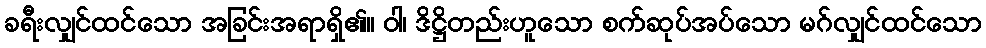
ခရီးလျှင်ထင်သော အခြင်းအရာရှိ၏။ ဝါ၊ ဒိဋ္ဌိတည်းဟူသော စက်ဆုပ်အပ်သော မဂ်လျှင်ထင်သော